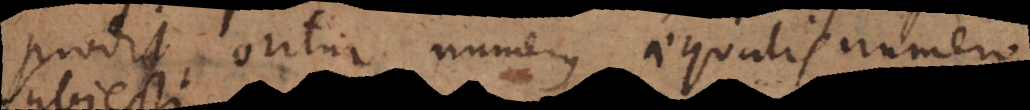
prodit, oritur numerus aequalis numero